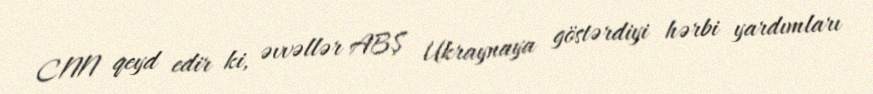
CNN qeyd edir ki, əvvəllər ABŞ Ukraynaya göstərdiyi hərbi yardımları